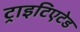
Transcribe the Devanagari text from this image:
ट्राइटिएटेड